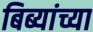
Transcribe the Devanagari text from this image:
बिब्यांच्या